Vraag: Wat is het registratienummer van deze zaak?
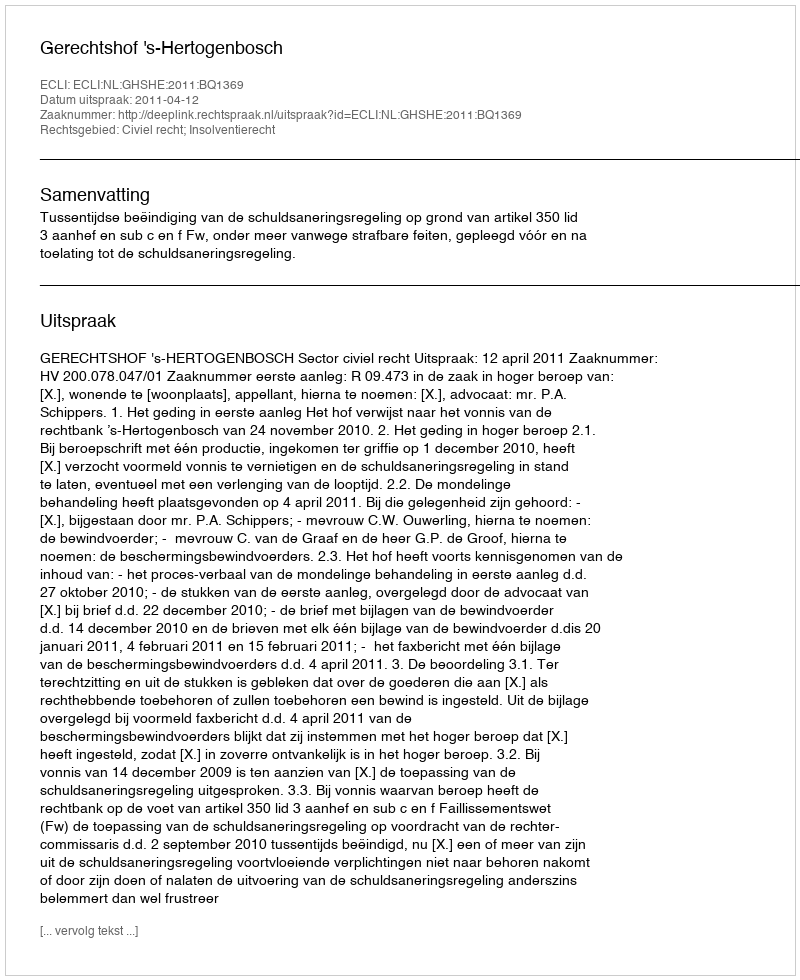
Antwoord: http://deeplink.rechtspraak.nl/uitspraak?id=ECLI:NL:GHSHE:2011:BQ1369